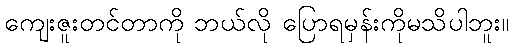
ကျေးဇူးတင်တာကို ဘယ်လို ပြောရမှန်းကိုမသိပါဘူး။